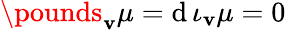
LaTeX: \pounds_{\mathbf{v}}\mu=\mathrm{{d}}\, \iota_{\mathbf{v}}\mu=0